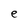
Character: e